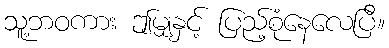
သူ့ဘဝကား ဤမျှနှင့် ပြည့်စုံနေလေပြီ။